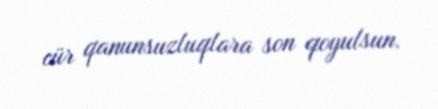
cür qanunsuzluqlara son qoyulsun.